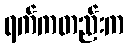
ရက်ကတည်းက